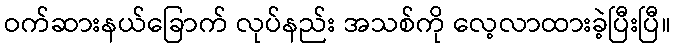
ဝက်ဆားနယ်ခြောက် လုပ်နည်း အသစ်ကို လေ့လာထားခဲ့ပြီးပြီ။